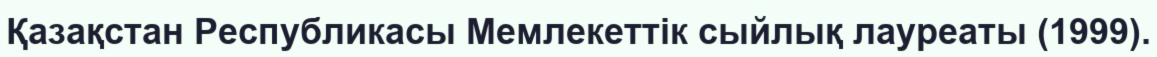
Қазақстан Республикасы Мемлекеттік сыйлық лауреаты (1999).